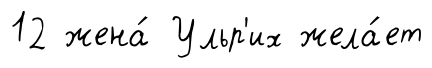
12 жена́ Ульр'их жела́ет